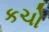
કચો